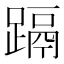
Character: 𮜁